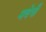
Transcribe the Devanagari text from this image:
मवेषी